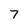
Character: 7